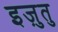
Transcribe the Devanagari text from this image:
इज़ुतु